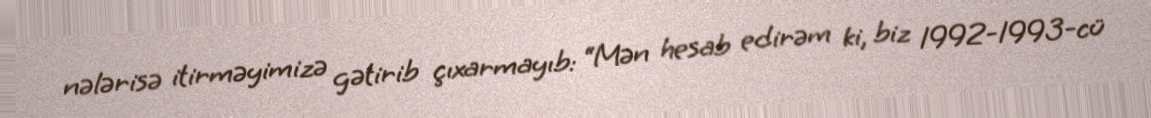
nələrisə itirməyimizə gətirib çıxarmayıb: “Mən hesab edirəm ki, biz 1992-1993-cü